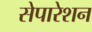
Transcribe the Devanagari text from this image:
सेपारेशन